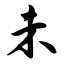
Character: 未